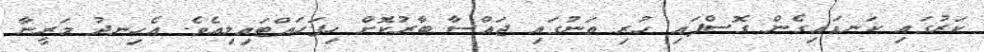
ކަރުގައި ކަނޑައިގެން ގޮސްފައި ހުރި ތަނުގައި ޖައްސާ ބާރުކޮށް ހިފަހައްޓައިލިއެވެ. އެހިނދު މަރީނާ